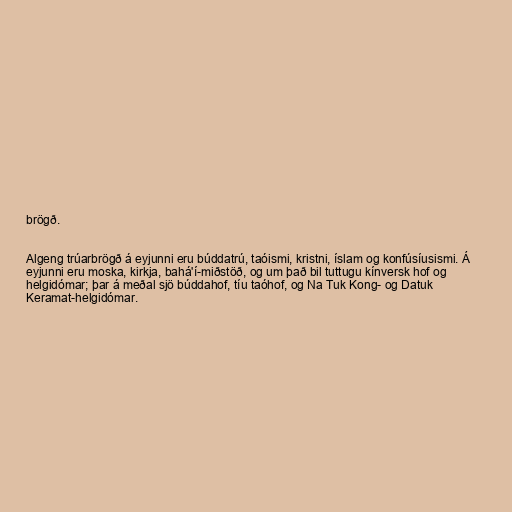
brögð.

Algeng trúarbrögð á eyjunni eru búddatrú, taóismi, kristni, íslam og konfúsíusismi. Á
eyjunni eru moska, kirkja, bahá'í-miðstöð, og um það bil tuttugu kínversk hof og
helgidómar; þar á meðal sjö búddahof, tíu taóhof, og Na Tuk Kong- og Datuk
Keramat-helgidómar.